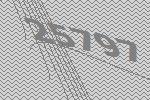
25797